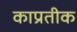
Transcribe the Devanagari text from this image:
काप्रतीक